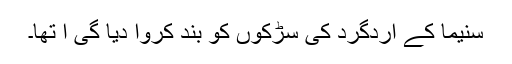
سنیما کے اردگرد کی سڑکوں کو بند کروا دیا گی ا تھا۔